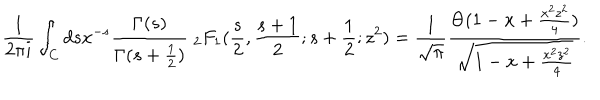
\frac { 1 } { 2 \pi i } \int _ { C } d s x ^ { - s } \frac { \Gamma ( s ) } { \Gamma ( s + \frac { 1 } { 2 } ) } \; { } _ { 2 } F _ { 1 } ( \frac { s } { 2 } , \frac { s + 1 } { 2 } ; s + \frac { 1 } { 2 } ; z ^ { 2 } ) = \frac { 1 } { \sqrt { \pi } } \frac { \Theta ( 1 - x + \frac { x ^ { 2 } z ^ { 2 } } { 4 } ) } { \sqrt { 1 - x + \frac { x ^ { 2 } z ^ { 2 } } { 4 } } } .